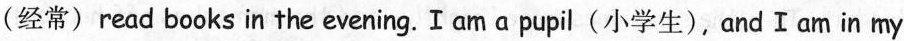
(经常) read books in the evening. I am a pupil (小学生),and Ⅰ am in my